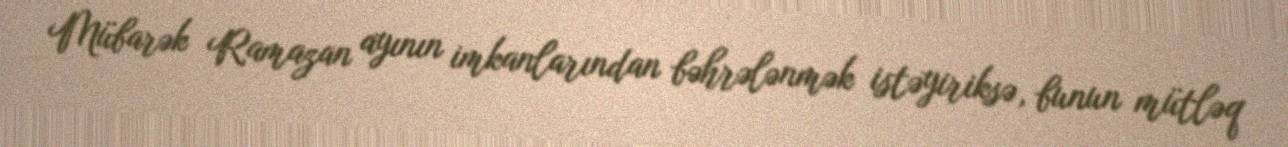
Mübarək Ramazan ayının imkanlarından bəhrələnmək istəyiriksə, bunun mütləq